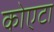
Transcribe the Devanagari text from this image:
कोएटा